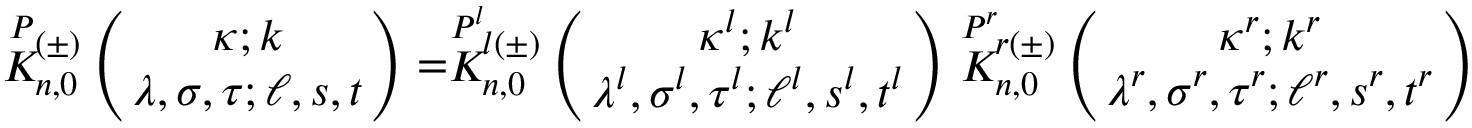
\stackrel { P } { K } { } \! \! _ { n , 0 } ^ { ( \pm ) } \left( \begin{array} { c } { { \! \! \kappa ; k \! \! } } \\ { { \! \! \lambda , \sigma , \tau ; \ell , s , t \! \! } } \end{array} \right) = \stackrel { P ^ { l } } { K } { } \! \! _ { n , 0 } ^ { l ( \pm ) } \left( \begin{array} { c } { { \! \! \kappa ^ { l } ; k ^ { l } \! \! } } \\ { { \! \! \lambda ^ { l } , \sigma ^ { l } , \tau ^ { l } ; \ell ^ { l } , s ^ { l } , t ^ { l } \! \! } } \end{array} \right) \stackrel { P ^ { r } } { K } { } \! \! _ { n , 0 } ^ { r ( \pm ) } \left( \begin{array} { c } { { \! \! \kappa ^ { r } ; k ^ { r } \! \! } } \\ { { \! \! \lambda ^ { r } , \sigma ^ { r } , \tau ^ { r } ; \ell ^ { r } , s ^ { r } , t ^ { r } \! \! } } \end{array} \right)